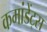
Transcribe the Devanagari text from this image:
कमांडेंट्स